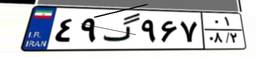
۴۹گ۹۶۷۰۱